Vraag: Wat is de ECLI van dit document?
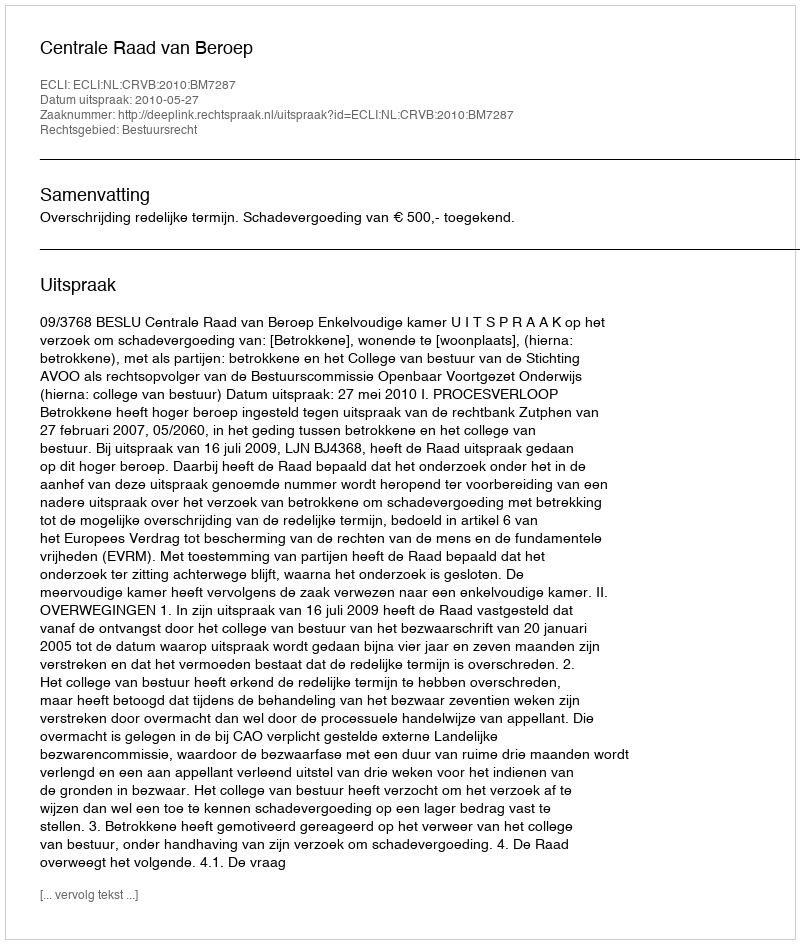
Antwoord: ECLI:NL:CRVB:2010:BM7287